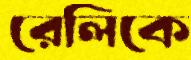
রেলিকে